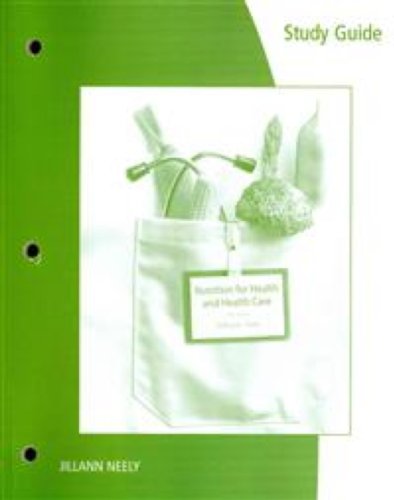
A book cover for Study Guide for Whitney/Debruyne/Pinna/Rolfes' Nutrition for Health and Healthcare, 5th; Linda Kelly DeBruyne; Medical Books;